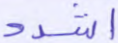
اشدد